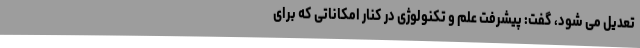
تعدیل می شود، گفت: پیشرفت علم و تکنولوژی در کنار امکاناتی که برای